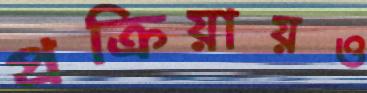
প্রক্রিয়ায়ও